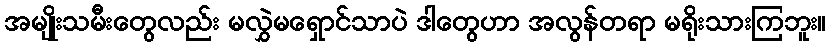
အမျိုးသမီးတွေလည်း မလွှဲမရှောင်သာပဲ ဒါတွေဟာ အလွန်တရာ မရိုးသားကြဘူး။